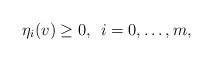
LaTeX: \begin{align*} \eta_i(v) \ge 0, \:\: i=0,\hdots,m,\end{align*}